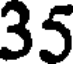
35